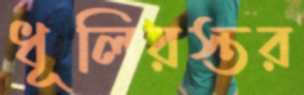
ধূলিরস্তর